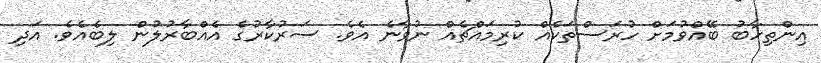
އިންތިހާބު ބޭއްވުމަށް ހުރަސްތަކެއް ކުރިމައްޗެއް ނުވާނެ އެވެ. ސަރުކާރުގެ އެއްބާރުލުން ލިބެއެވެ. އަދި